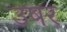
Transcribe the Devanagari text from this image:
उषर